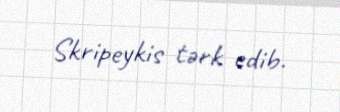
Skripeykis tərk edib.